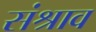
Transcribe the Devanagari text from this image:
संश्राव